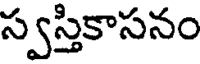
స్వస్తికాసనం